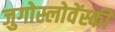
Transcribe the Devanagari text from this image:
जुगोस्लोवेंस्की